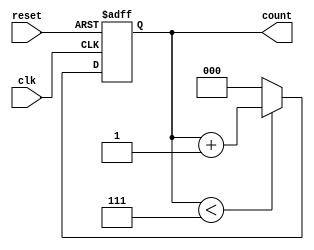
module divide_by_n_counter #(
    parameter N = 8 // Set default value for N (should be greater than 1)
) (
    input wire clk,         // Clock input
    input wire reset,       // Asynchronous reset input
    output reg [$clog2(N)-1:0] count // Counter output (binary representation)
);

// Ensure N is greater than 1 for valid counter operation
initial begin
    if (N <= 1) begin
        $error("N must be greater than 1.");
        $finish;
    end
end

// Sequential logic for counting
always @(posedge clk or posedge reset) begin
    if (reset) begin
        count <= 0; // Reset counter to zero
    end else begin
        if (count < N - 1) begin
            count <= count + 1; // Increment count
        end else begin
            count <= 0; // Reset count to zero
        end
    end
end

endmodule